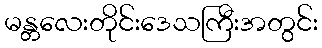
မန္တလေးတိုင်းဒေသကြီးအတွင်း